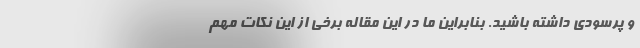
و پرسودی داشته باشید. بنابراین ما در این مقاله برخی از این نکات مهم